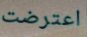
اعترضت